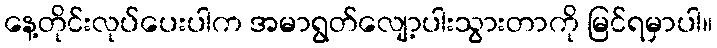
နေ့တိုင်းလုပ်ပေးပါက အမာရွတ်လျော့ပါးသွားတာကို မြင်ရမှာပါ။